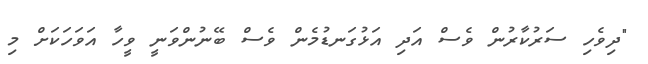
"ދިވެހި ސަރުކާރުން ވެސް އަދި އަޅުގަނޑުމެން ވެސް ބޭނުންވަނީ ވީހާ އަވަހަކަށް މި